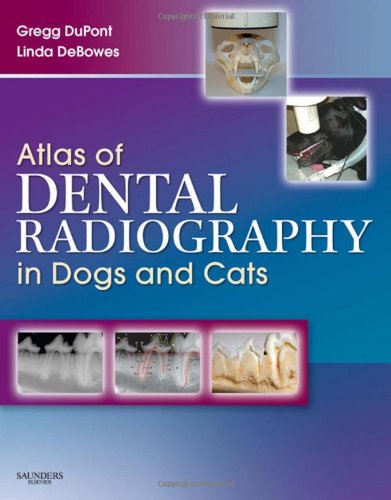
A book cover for Atlas of Dental Radiography in Dogs and Cats, 1e; Gregg A. DuPont DVM  FAVD  DAVDC; Medical Books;